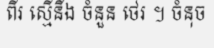
ពីរ ស្មើនឹង ចំនួន ថេរ ។ ចំនុច